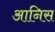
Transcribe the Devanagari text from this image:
आनिस